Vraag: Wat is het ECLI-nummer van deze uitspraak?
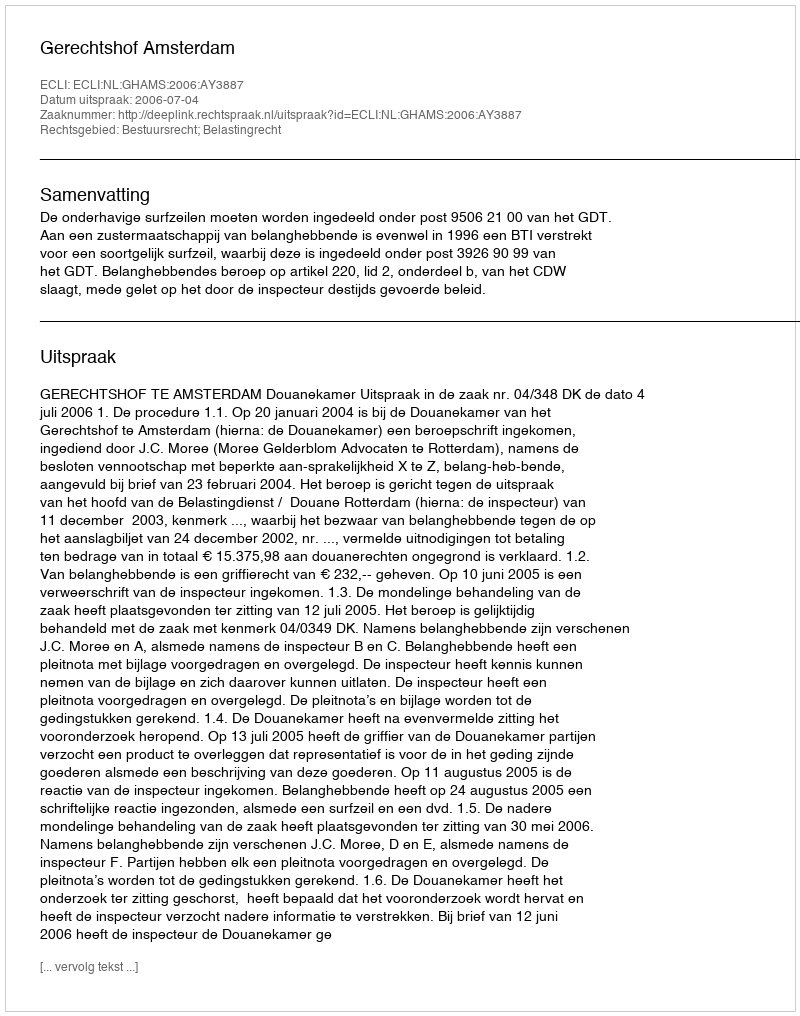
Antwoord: ECLI:NL:GHAMS:2006:AY3887